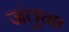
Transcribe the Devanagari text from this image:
जंतुना